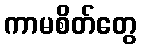
ကာမစိတ်တွေ